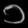
Digit: ၁